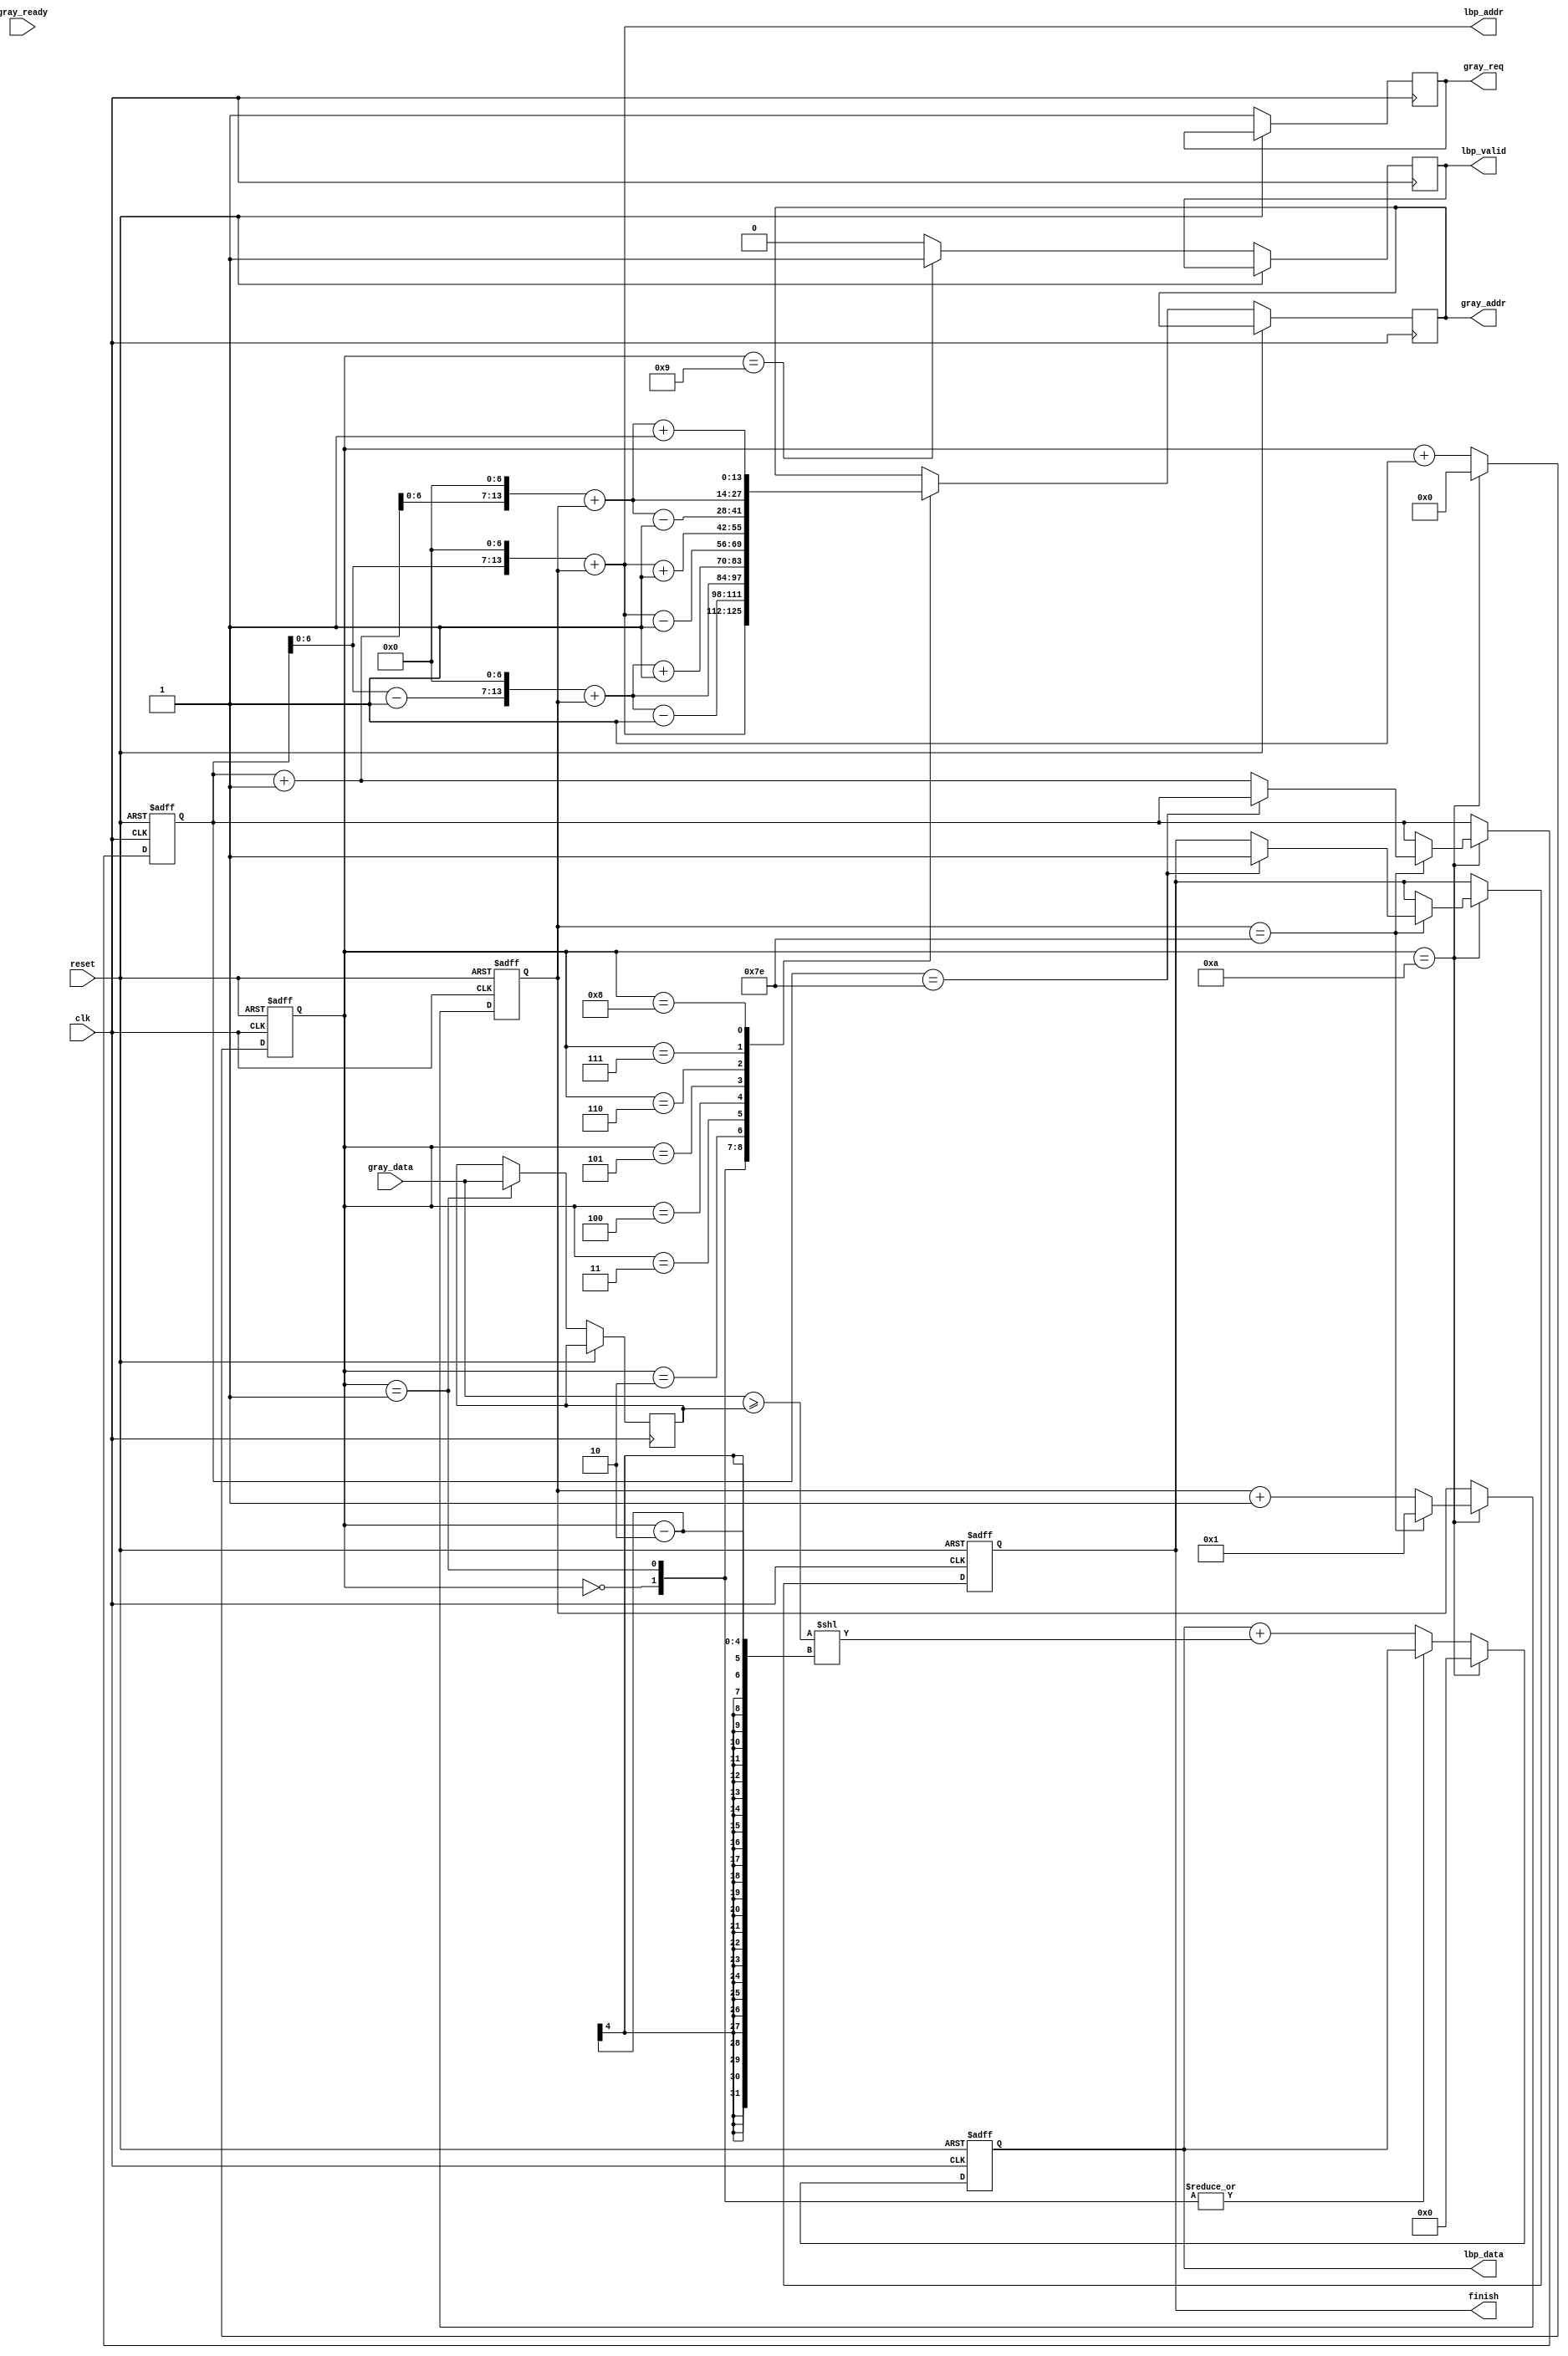
`timescale 1ns/10ps
module LBP ( clk, reset, gray_addr, gray_req, gray_ready, gray_data, lbp_addr, lbp_valid, lbp_data, finish);
input   	clk;
input   	reset;
output  [13:0] 	gray_addr;
output         	gray_req;
input   	gray_ready;
input   [7:0] 	gray_data;
output  [13:0] 	lbp_addr;
output  	lbp_valid;
output  [7:0] 	lbp_data;
output  	finish;
//====================================================================
reg [7:0] LBP_value;
reg [7:0] row, col;
reg [3:0] counter;
reg [7:0] g_center;
reg [13:0] gray_addr_reg;
reg lbp_valid_reg;
reg gray_req_reg;
reg finish_reg;

assign gray_addr = gray_addr_reg;
assign lbp_valid = lbp_valid_reg;
assign gray_req = gray_req_reg;
assign finish = finish_reg;
assign lbp_data = LBP_value;
assign lbp_addr = (row<<7) + col;

always @(posedge clk,posedge reset)begin
    if(reset)begin
        finish_reg <= 0;
        LBP_value <= 0;
        row <= 1;
        col <= 1;
        counter <= 0;
    end
    else begin
        gray_req_reg <= 1;
        case(counter)
            4'd0: gray_addr_reg <= (row << 7) + col;    //center pixel
            4'd1: gray_addr_reg <= ((row-1) << 7) + col-1;
            4'd2: gray_addr_reg <= ((row-1) << 7) + col;
            4'd3: gray_addr_reg <= ((row-1) << 7) + col+1;
            4'd4: gray_addr_reg <= (row << 7) + col-1;
            4'd5: gray_addr_reg <= (row << 7) + col+1;
            4'd6: gray_addr_reg <= ((row+1) << 7) + col-1;
            4'd7: gray_addr_reg <= ((row+1) << 7) + col;
            4'd8: gray_addr_reg <= ((row+1) << 7) + col+1;
            default:;
        endcase
        case(counter)
            4'd0:;
            4'd1: g_center <= gray_data;
            4'd10:;
            default: begin
                    LBP_value <= LBP_value + ((gray_data>=g_center) << (counter-2));
            end
        endcase
        if(counter == 10)begin
            counter <= 0;
            LBP_value <= 0;
            if(col == 126)begin
                col <= 1;
                if(row == 126)  finish_reg <= 1;
                else row <= row + 1;
            end
            else col <= col + 1;
        end
        else    counter <= counter + 1;

        if(counter == 9)    lbp_valid_reg <= 1;
        else    lbp_valid_reg <= 0;
    end
end
endmodule